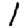
Digit: 1